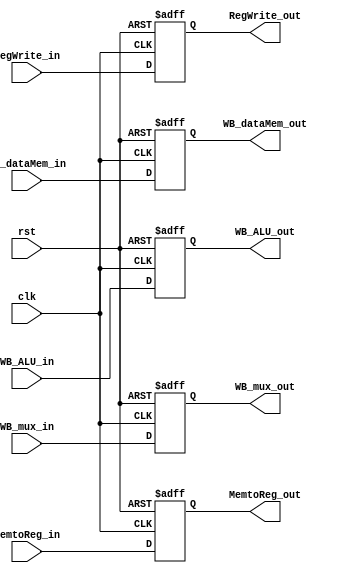
`timescale 1ns / 1ps
//////////////////////////////////////////////////////////////////////////////////
// Company: 
// Engineer: 
// 
// Design Name: 
// Module Name:    WB 
// Project Name: 
// Target Devices: 
// Tool versions: 
// Description: 
//
// Dependencies: 
//
// Revision: 
// Revision 0.01 - File Created
// Additional Comments: 
//
//////////////////////////////////////////////////////////////////////////////////
module WB(clk,rst,RegWrite_in,RegWrite_out,
			  MemtoReg_in,MemtoReg_out,WB_dataMem_in,
			  WB_dataMem_out, WB_ALU_in,WB_ALU_out,
			  WB_mux_in,WB_mux_out
			  );
	parameter WORD_SIZE = 32 ;
   input wire clk;
	input wire  rst;
	input wire RegWrite_in;
	output reg RegWrite_out;
	input wire MemtoReg_in;
	output reg MemtoReg_out;
	input wire [WORD_SIZE - 1:0] WB_dataMem_in;
	output reg [WORD_SIZE - 1:0] WB_dataMem_out;
	input wire [WORD_SIZE - 1:0] WB_ALU_in;
	output reg [WORD_SIZE - 1:0] WB_ALU_out;
	input wire [4:0] WB_mux_in;
	output reg [4:0]WB_mux_out;

always @ (posedge rst or posedge clk ) begin
	if ( rst ) begin
		RegWrite_out<= { 1{1'b0} };
		MemtoReg_out<= { 1{1'b0} };
		WB_dataMem_out <= { WORD_SIZE {1'b0} };
		WB_ALU_out <= { WORD_SIZE {1'b0} };
		WB_mux_out<= { 5{1'b0} };
	end else if ( clk ) begin
		RegWrite_out<=RegWrite_in;
		MemtoReg_out<=MemtoReg_in;
		WB_dataMem_out <= WB_dataMem_in;
		WB_ALU_out <= WB_ALU_in;
		WB_mux_out<= WB_mux_in;
	end
	end
	
endmodule